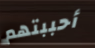
أحببتهم